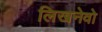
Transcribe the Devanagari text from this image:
लिखनेवो